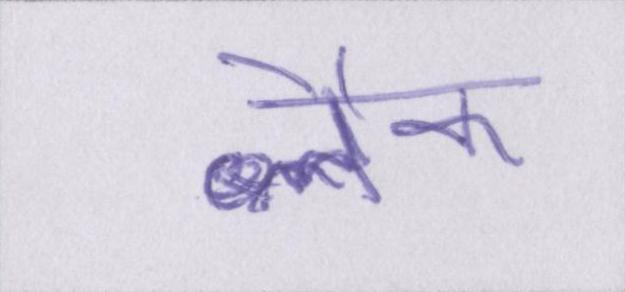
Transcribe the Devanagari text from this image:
ब्लैक